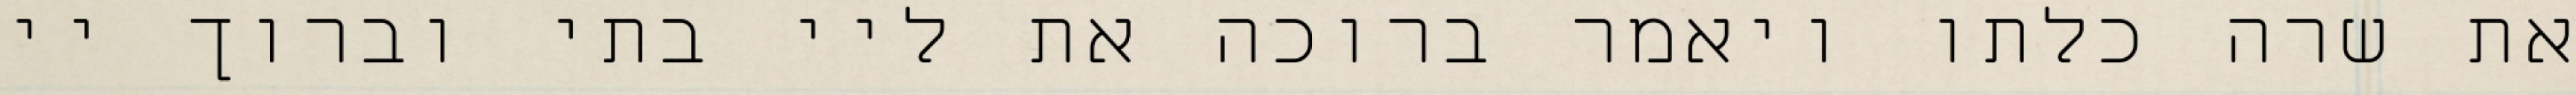
את שרה כלתו ויאמר ברוכה את ליי בתי וברוך יי